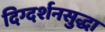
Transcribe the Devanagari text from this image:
दिग्दर्शनसुद्धा